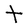
Character: T